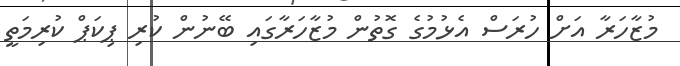
މުޒާހަރާ އަށް ހުރަސް އެޅުމުގެ ގޮތުން މުޒާހަރާގައި ބޭނުން ކުރި ޕިކަޕް ކުރިމަތީ